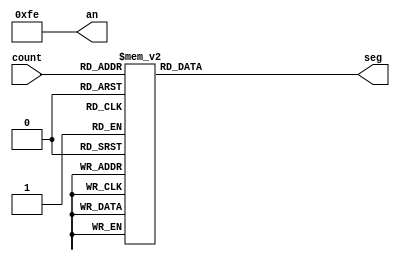
module seven_segment_display(
  input wire [3:0] count,
  output reg [6:0] seg,
  output reg [7:0] an
);

always @(*) begin
  case (count)
    4'd0: seg = 7'b1000000; // 0
    4'd2: seg = 7'b1111001; // 1
    4'd4: seg = 7'b0100100; // 2
    4'd6: seg = 7'b0110000; // 3
    4'd8: seg = 7'b0011001; // 4
    4'd10: seg = 7'b0010010; // 5
    4'd12: seg = 7'b0000010; // 6
    4'd14: seg = 7'b1111000; // 7
    4'd16: seg = 7'b0000000; // 8
    4'd18: seg = 7'b0010000; // 9
    default: seg = 7'b1111111; // blank
  endcase
  
  an = 8'b11111110; // Enable the first digit (rightmost)
end

endmodule